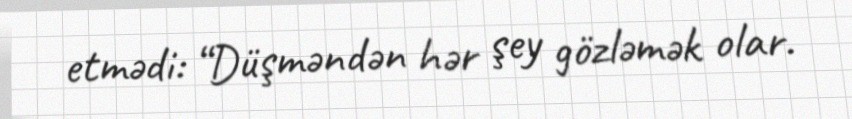
etmədi: “Düşməndən hər şey gözləmək olar.